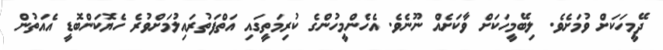
ދޭމީހަކަށް ވުމަށެވެ. ލިބޭމީހަކަށް ވާކަށެއް ނޫނެވެ. އެހެންމީހުންގެ ކުރިމަތީގައި އަތްފަތުރައިލުމަށްވުރެ ހެޔޮކަންބޮޑީ އެއަތުން